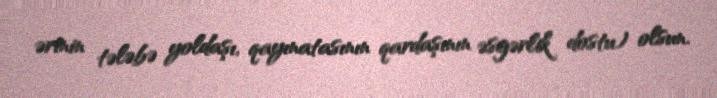
ərinin tələbə yoldaşı, qayınatasının qardaşının əsgərlik dostu) olsun.